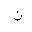
Letter: _non